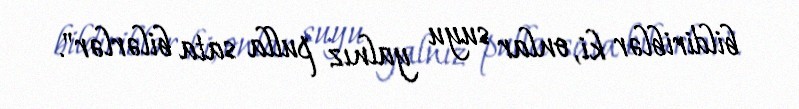
bildiriblər ki, onlar suyu yalnız pulla sata bilərlər".